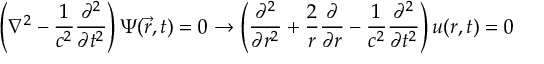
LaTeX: \left( \nabla ^ { 2 } - { \frac { 1 } { c ^ { 2 } } } { \frac { \partial ^ { 2 } } { \partial t ^ { 2 } } } \right) \Psi ( { \vec { r } } , t ) = 0 \rightarrow \left( { \frac { \partial ^ { 2 } } { \partial r ^ { 2 } } } + { \frac { 2 } { r } } { \frac { \partial } { \partial r } } - { \frac { 1 } { c ^ { 2 } } } { \frac { \partial ^ { 2 } } { \partial t ^ { 2 } } } \right) u ( r , t ) = 0